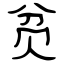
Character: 贫